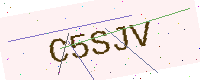
Text: C5SJV